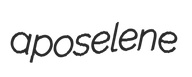
aposelene